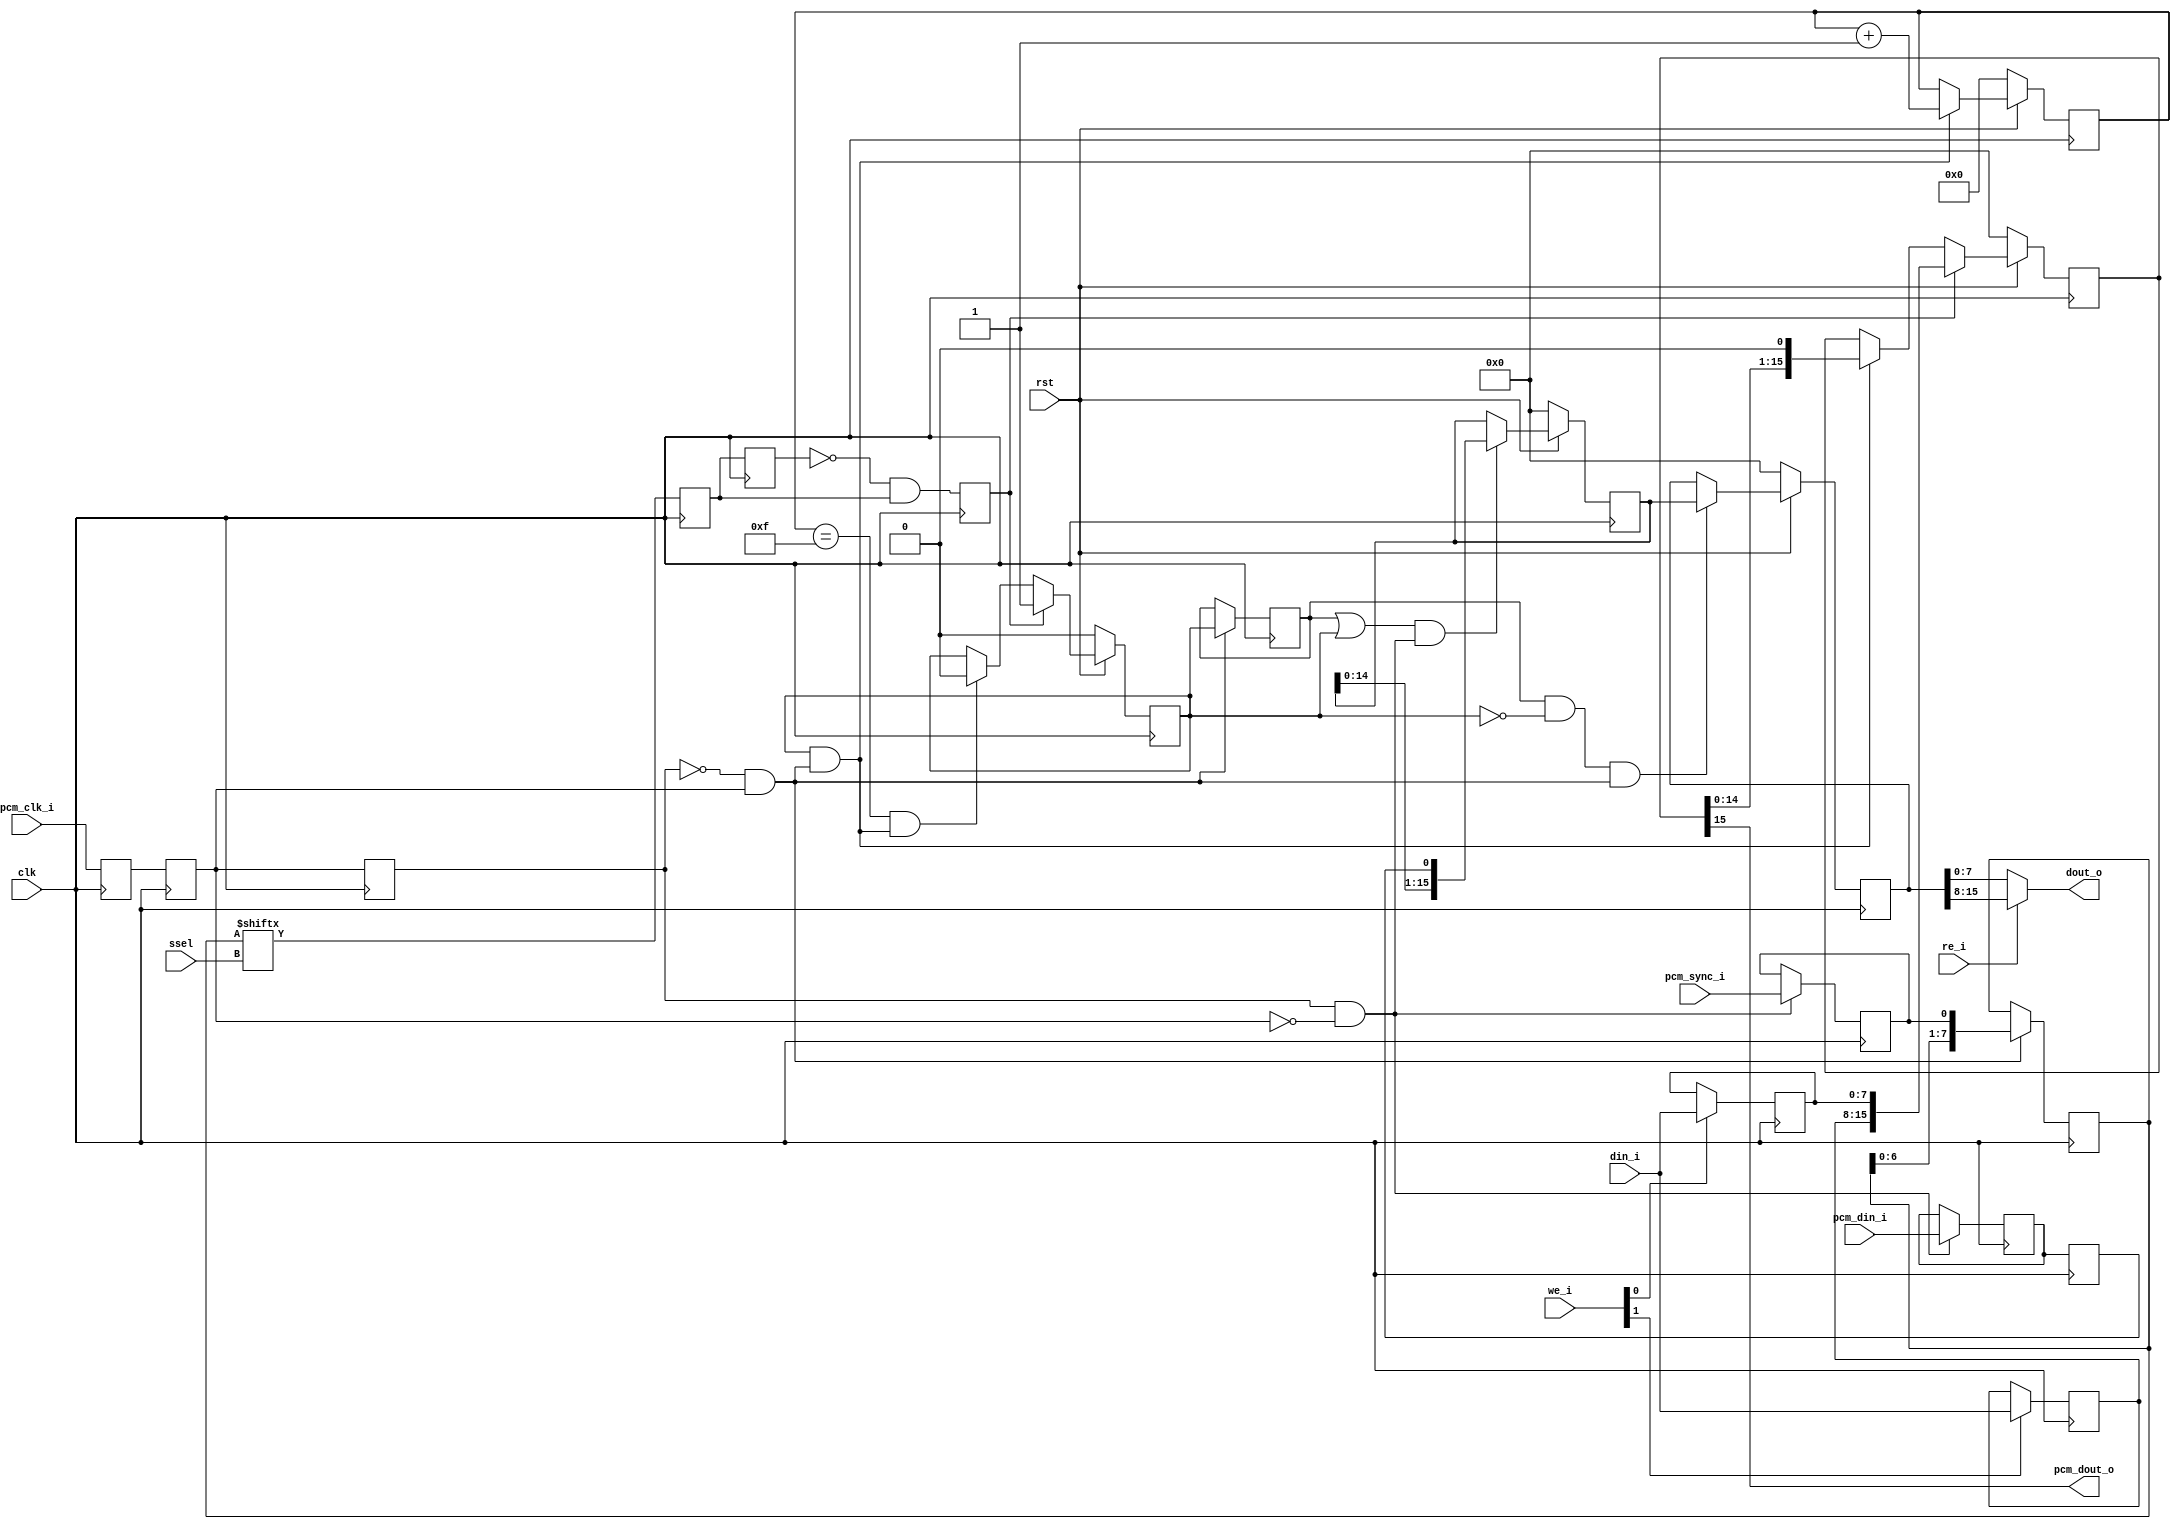
/////////////////////////////////////////////////////////////////////
////                                                             ////
////  PCM IO Slave Module                                        ////
////                                                             ////
////                                                             ////
////          rudi@asics.ws                                      ////
////                                                             ////
////                                                             ////
////  Downloaded from: http://www.opencores.org/cores/ss_pcm/    ////
////                                                             ////
/////////////////////////////////////////////////////////////////////
////                                                             ////
//// Copyright (C) 2000-2002 Rudolf Usselmann                    ////
////                         www.asics.ws                        ////
////                         rudi@asics.ws                       ////
////                                                             ////
//// This source file may be used and distributed without        ////
//// restriction provided that this copyright statement is not   ////
//// removed from the file and that any derivative work contains ////
//// the original copyright notice and the associated disclaimer.////
////                                                             ////
////     THIS SOFTWARE IS PROVIDED ``AS IS'' AND WITHOUT ANY     ////
//// EXPRESS OR IMPLIED WARRANTIES, INCLUDING, BUT NOT LIMITED   ////
//// TO, THE IMPLIED WARRANTIES OF MERCHANTABILITY AND FITNESS   ////
//// FOR A PARTICULAR PURPOSE. IN NO EVENT SHALL THE AUTHOR      ////
//// OR CONTRIBUTORS BE LIABLE FOR ANY DIRECT, INDIRECT,         ////
//// INCIDENTAL, SPECIAL, EXEMPLARY, OR CONSEQUENTIAL DAMAGES    ////
//// (INCLUDING, BUT NOT LIMITED TO, PROCUREMENT OF SUBSTITUTE   ////
//// GOODS OR SERVICES; LOSS OF USE, DATA, OR PROFITS; OR        ////
//// BUSINESS INTERRUPTION) HOWEVER CAUSED AND ON ANY THEORY OF  ////
//// LIABILITY, WHETHER IN  CONTRACT, STRICT LIABILITY, OR TORT  ////
//// (INCLUDING NEGLIGENCE OR OTHERWISE) ARISING IN ANY WAY OUT  ////
//// OF THE USE OF THIS SOFTWARE, EVEN IF ADVISED OF THE         ////
//// POSSIBILITY OF SUCH DAMAGE.                                 ////
////                                                             ////
/////////////////////////////////////////////////////////////////////

//  CVS Log
//
//  $Id: pcm_slv_top.v,v 1.2 2002-09-17 15:32:50 rudi Exp $
//
//  $Date: 2002-09-17 15:32:50 $
//  $Revision: 1.2 $
//  $Author: rudi $
//  $Locker:  $
//  $State: Exp $
//
// Change History:
//               $Log: not supported by cvs2svn $
//               Revision 1.1.1.1  2002/09/17 15:17:25  rudi
//               Initial Checkin
//
//
//
//
//
//
//
//


/*
PCM Interface
===============================
PCM_CLK
PCM_SYNC
PCM_DIN
PCM_DOUT
*/

module pcm_slv (	clk, rst,
	
			ssel,

			// PCM
			pcm_clk_i, pcm_sync_i, pcm_din_i, pcm_dout_o,

			// Internal Interface
			din_i, dout_o, re_i, we_i);

input		clk, rst;
input	[2:0]	ssel;	// Number of bits to delay (0-7)
input		pcm_clk_i, pcm_sync_i, pcm_din_i;
output		pcm_dout_o;
input	[7:0]	din_i;
output	[7:0]	dout_o;
input		re_i;
input	[1:0]	we_i;

///////////////////////////////////////////////////////////////////
//
// Local Wires and Registers
//

reg		pclk_t, pclk_s, pclk_r;
wire		pclk_ris, pclk_fal;
reg		psync;
reg		pcm_sync_r1, pcm_sync_r2, pcm_sync_r3;
reg		tx_go;
wire		tx_data_le;
reg	[15:0]	tx_hold_reg;
reg	[7:0]	tx_hold_byte_h, tx_hold_byte_l;
reg	[3:0]	tx_cnt;
wire		tx_done;
reg	[15:0]	rx_hold_reg, rx_reg;
wire		rx_data_le;
reg		rxd_t, rxd;
reg		tx_go_r1, tx_go_r2;
reg	[7:0]	psa;

///////////////////////////////////////////////////////////////////
//
// Misc Logic
//

always @(posedge clk)
	pclk_t <= #1 pcm_clk_i;

always @(posedge clk)
	pclk_s <= #1 pclk_t;

always @(posedge clk)
	pclk_r <= #1 pclk_s;

assign pclk_ris = !pclk_r &  pclk_s;
assign pclk_fal =  pclk_r & !pclk_s;

///////////////////////////////////////////////////////////////////
//
// Retrieve Sync Signal
//

always @(posedge clk)	// Latch it at falling edge
	if(pclk_fal)	pcm_sync_r1 <= #1 pcm_sync_i;

always @(posedge clk)	// resync to rising edge
	if(pclk_ris)	psa <= #1 {psa[6:0], pcm_sync_r1};

always @(posedge clk)	//delay bit N
	pcm_sync_r2 <= #1 psa[ssel];

always @(posedge clk)	// edge detector
	pcm_sync_r3 <= #1 pcm_sync_r2;

always @(posedge clk)
	psync <= #1 !pcm_sync_r3 & pcm_sync_r2;

///////////////////////////////////////////////////////////////////
//
// Transmit Logic
//

assign tx_data_le = tx_go & pclk_ris;

always @(posedge clk)
	if(we_i[1])	tx_hold_byte_h <= #1 din_i;

always @(posedge clk)
	if(we_i[0])	tx_hold_byte_l <= #1 din_i;

always @(posedge clk)
	if(!rst)	tx_go <= #1 1'b0;
	else
	if(psync)	tx_go <= #1 1'b1;
	else
	if(tx_done)	tx_go <= #1 1'b0;

always @(posedge clk)
	if(!rst)	tx_hold_reg <= #1 16'h0;
	else
	if(psync)	tx_hold_reg <= #1 {tx_hold_byte_h, tx_hold_byte_l};
	else
	if(tx_data_le)	tx_hold_reg <= #1 {tx_hold_reg[14:0],1'b0};

assign	pcm_dout_o = tx_hold_reg[15];
	
always @(posedge clk)
	if(!rst)	tx_cnt <= #1 4'h0;
	else
	if(tx_data_le)	tx_cnt <= tx_cnt + 4'h1;

assign tx_done = (tx_cnt == 4'hf) & tx_data_le;

///////////////////////////////////////////////////////////////////
//
// Recieve Logic
//

always @(posedge clk)
	if(pclk_ris)	tx_go_r1 <= #1 tx_go;

always @(posedge clk)
	if(pclk_ris)	tx_go_r2 <= #1 tx_go_r1;

// Receive is in sync with transmit ...
always @(posedge clk)
	if(pclk_fal)	rxd_t <= #1 pcm_din_i;

always @(posedge clk)
	rxd <= #1 rxd_t;

assign rx_data_le = (tx_go_r1 | tx_go) & pclk_fal;

always @(posedge clk)
	if(!rst)	rx_hold_reg <= #1 16'h0;
	else
	if(rx_data_le)	rx_hold_reg <= #1 {rx_hold_reg[14:0], rxd};

always @(posedge clk)
	if(!rst)				rx_reg <= #1 16'h0;
	else
	if(tx_go_r1 & !tx_go & pclk_ris)	rx_reg <= #1 rx_hold_reg;

assign dout_o = re_i ? rx_reg[15:8] : rx_reg[7:0];

endmodule